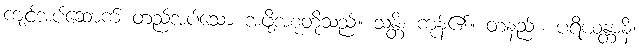
ကျင့်အပ်ဆောက် တည်အပ်သော အဖို့အစုတို့သည်။ သန္တိ၊ ကုန်၏။ တနည်း။ ပရိယန္တာနိ၊